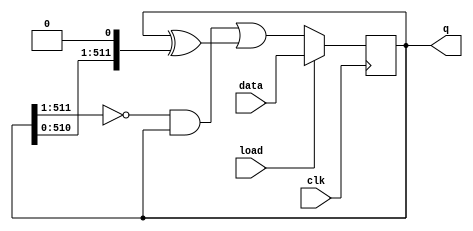
module top_module(
    input clk,
    input load,
    input [511:0] data,
    output [511:0] q
);  
    reg [511:0] c;
    assign q = c;
    wire [511:0] right_elements, left_elements;
    assign right_elements = {{c[510:0]}, 1'b0};
    assign left_elements  = {1'b0, {c[511:1]}};
    
    always @ (posedge clk)begin
        if (load) c<=data;
        //build the function with K-map
        else c<= ~left_elements&c | (c ^ right_elements);
    
    end

endmodule